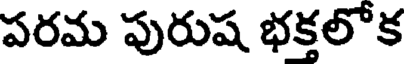
పరమ పురుష భక్తలోక